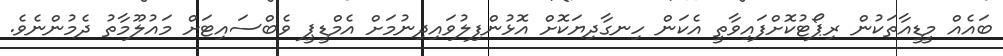
ބައެއް މީޑީއާތަކުން ރިޕޯޓުކޮށްފައިވާތީ އެކަން ހިނގާދިޔަކޮށް އޮޅުންފިލުވައިދިނުމަށް އެމްޑީޕީ ވެބްސައިޓަށް މައުލޫމާތު ދެމުންނެވެ.